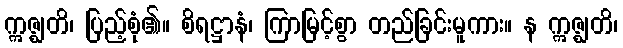
ဣဇ္ဈတိ၊ ပြည့်စုံ၏။ စိရဋ္ဌာနံ၊ ကြာမြင့်စွာ တည်ခြင်းမူကား။ န ဣဇ္ဈတိ၊